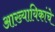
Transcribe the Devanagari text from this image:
आख्यायिकांचे